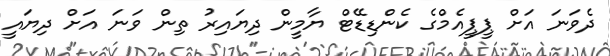
ދެވަނަ އަށް ޕީޕީއެމްގެ ކެންޑިޑޭޓް ޔާމީން ދިޔައިރު ތިން ވަނަ އަށް ދިޔައީ